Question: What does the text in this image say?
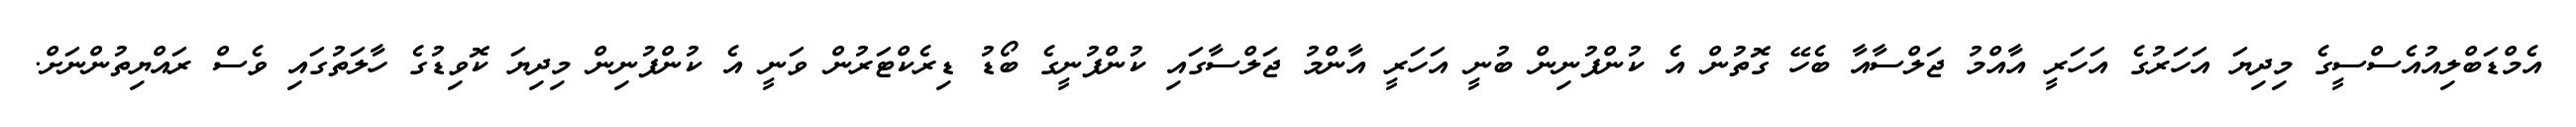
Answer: އެމްޑަބްލިއުއެސްސީގެ މިދިޔަ އަހަރުގެ އަހަރީ އާއްމު ޖަލްސާއާ ބެހޭ ގޮތުން އެ ކުންފުނިން ބުނީ އަހަރީ އާންމު ޖަލްސާގައި ކުންފުނީގެ ބޯޑު ޑިރެކްޓަރުން ވަނީ އެ ކުންފުނިން މިދިޔަ ކޮވިޑުގެ ހާލަތުގައި ވެސް ރައްޔިތުންނަށް.